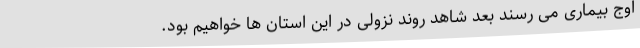
اوج بیماری می رسند بعد شاهد روند نزولی در این استان ها خواهیم بود.